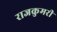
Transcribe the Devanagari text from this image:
राजकुमरी